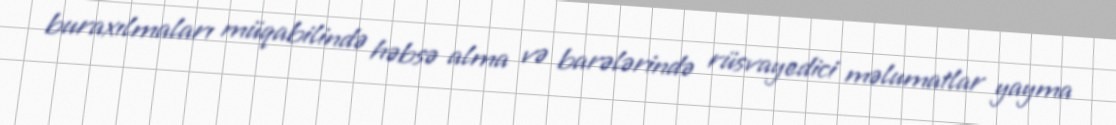
buraxılmaları müqabilində həbsə alma və barələrində rüsvayedici məlumatlar yayma